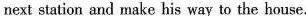
next station and make his way to the house.